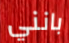
بانني